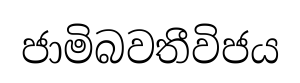
ජාමිබවතීවිජය